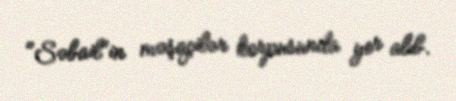
"Səbail"in məşqçilər korpusunda yer alıb.